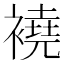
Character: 襓